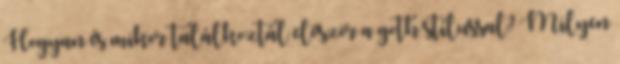
Hogyan és mikor találkoztál először a goth stílussal? Milyen